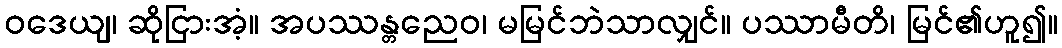
ဝဒေယျ၊ ဆိုငြားအံ့။ အပဿန္တညေဝ၊ မမြင်ဘဲသာလျှင်။ ပဿာမီတိ၊ မြင်၏ဟူ၍။